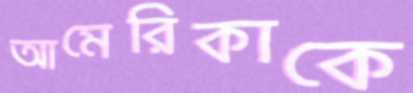
আমেরিকাকে